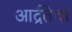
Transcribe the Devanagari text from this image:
आर्द्रतेचा